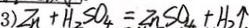
3 ) Z n + H _ { 2 } S O _ { 4 } = Z n S O _ { 4 } + H _ { 2 } \uparrow .